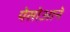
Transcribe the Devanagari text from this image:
पेसोआने